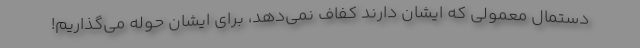
دستمال معمولی که ایشان دارند کفاف نمی‌دهد، برای ایشان حوله می‌گذاریم!